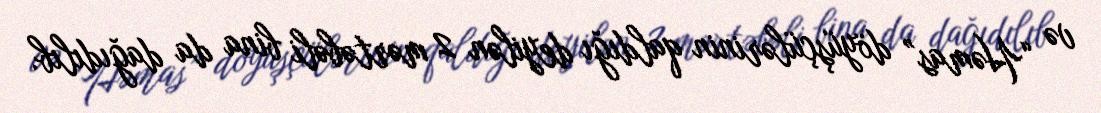
və “Həmas” döyüşçülərinin qaldığı deyilən 2 mərtəbəli bina da dağıdılıb.